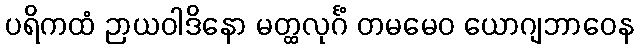
ပရိကထံ ဉာယဝါဒိနော မတ္ထလုင်္ဂံ တမမေဝ ယောဂျဘာဝေန